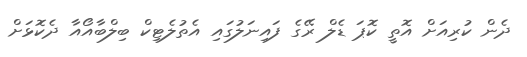
ދެން ކުރިއަށް އޮތީ ކޮޕަ ޑެލް ރޭގެ ފައިނަލުގައި އެތުލެޓިކް ބިލްބާއޯއާ ދެކޮޅަށް